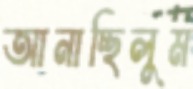
আনাচ্ছিলুম